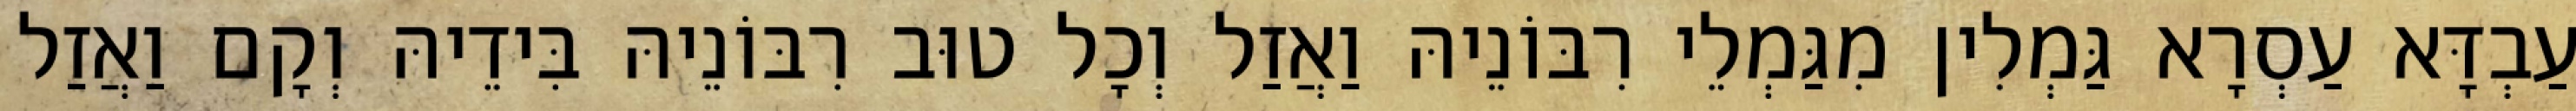
עַבְדָּא עַסְרָא גַּמְלִין מִגַּמְלֵי רִבּוֹנֵיהּ וַאֲזַל וְכָל טוּב רִבּוֹנֵיהּ בִּידֵיהּ וְקָם וַאֲזַל